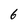
Character: 6